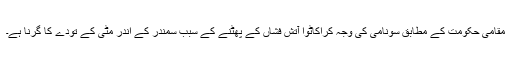
مقامی حکومت کے مطابق سونامی کی وجہ کراکاٹوا آتش فشاں کے پھٹنے کے سبب سمندر کے اندر مٹی کے تودے کا گرنا ہے۔